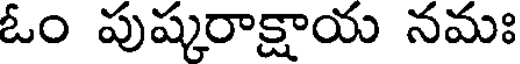
ఓం పుష్కరాక్షాయ నమః